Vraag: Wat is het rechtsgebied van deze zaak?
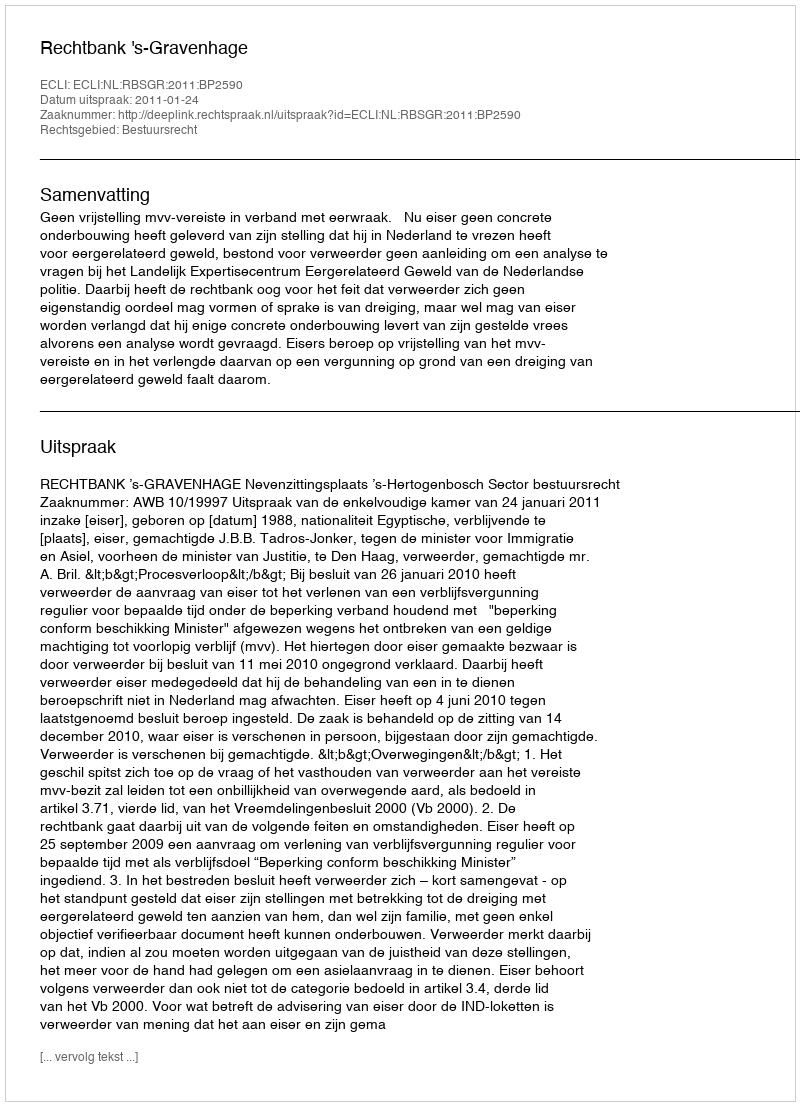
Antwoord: Bestuursrecht